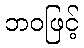
ဘဝဖြင့်